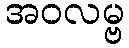
အဝလမ္ဗ